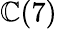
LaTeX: \mathbb{C}(7)